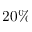
2 0 \%